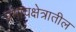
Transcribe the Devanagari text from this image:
प्रभावक्षेत्रातील